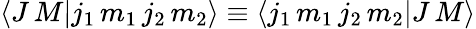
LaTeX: \langle J\, M|j_{1}\, m_{1}\, j_{2}\, m_{2}\rangle\equiv\langle j_{1}\, m_{1}\, j_{2}\, m_{2}|J\, M\rangle